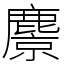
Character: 麖